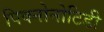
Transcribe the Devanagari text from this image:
पिक्नोनोटिडी